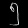
Digit: ၅